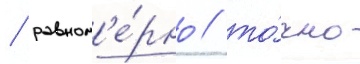
/ равном'е́рно / то́чно